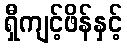
ရှီကျင့်ဖိန်နှင့်